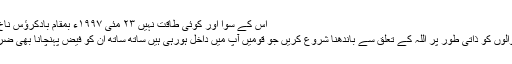
اس کے سوا اور کوئی طاقت نہیں ٢٣ مئی ١٩٩٧ء بمقام بادکرؤس ناخ ، جرمنی
نئے آنے والوں کو ذاتی طور پر اللہ کے تعلق سے باندھنا شروع کریں جو قومیں آپ میں داخل ہورہی ہیں ساتھ ساتھ ان کو فیض پہنچانا بھی ضروری ہے۔